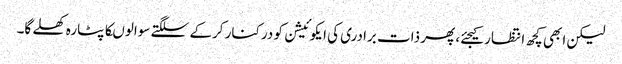
لیکن ابھی کچھ انتظار کیجئے، پھر ذات برادری کی ایکوئیشن کو درکنار کرکے سلگتے سوالوںکا پٹارہ کھلے گا۔